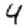
Digit: 4